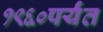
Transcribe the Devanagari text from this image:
१९६०पर्यंत